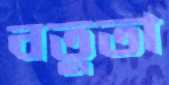
বতুতা